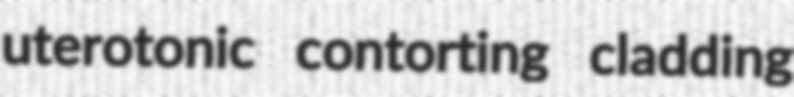
uterotonic contorting cladding